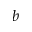
b